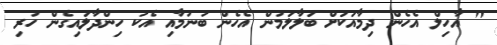
" އާހިލް އެހެން ދިމާއަކަށް ބަލާލަމުން އެހެން ބުނުމާއި އެކު ހިންދާލައިގެން ހުރި